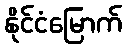
နိုင်ငံမြောက်